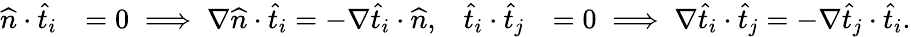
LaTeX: \begin{array}{rlrl}{\widehat{n}\cdot\widehat{t}_{i}}&{=0\implies\nabla\widehat{n}\cdot\widehat{t}_{i}=-\nabla\widehat{t}_{i}\cdot\widehat{n},}&{\widehat{t}_{i}\cdot\widehat{t}_{j}}&{=0\implies\nabla\widehat{t}_{i}\cdot\widehat{t}_{j}=-\nabla\widehat{t}_{j}\cdot\widehat{t}_{i}.}\end{array}